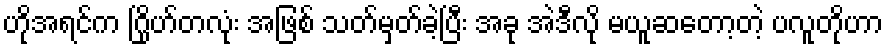
ဟိုအရင်က ဂြိုဟ်တလုံး အဖြစ် သတ်မှတ်ခဲ့ပြီး အခု အဲဒီလို မယူဆတော့တဲ့ ပလူတိုဟာ